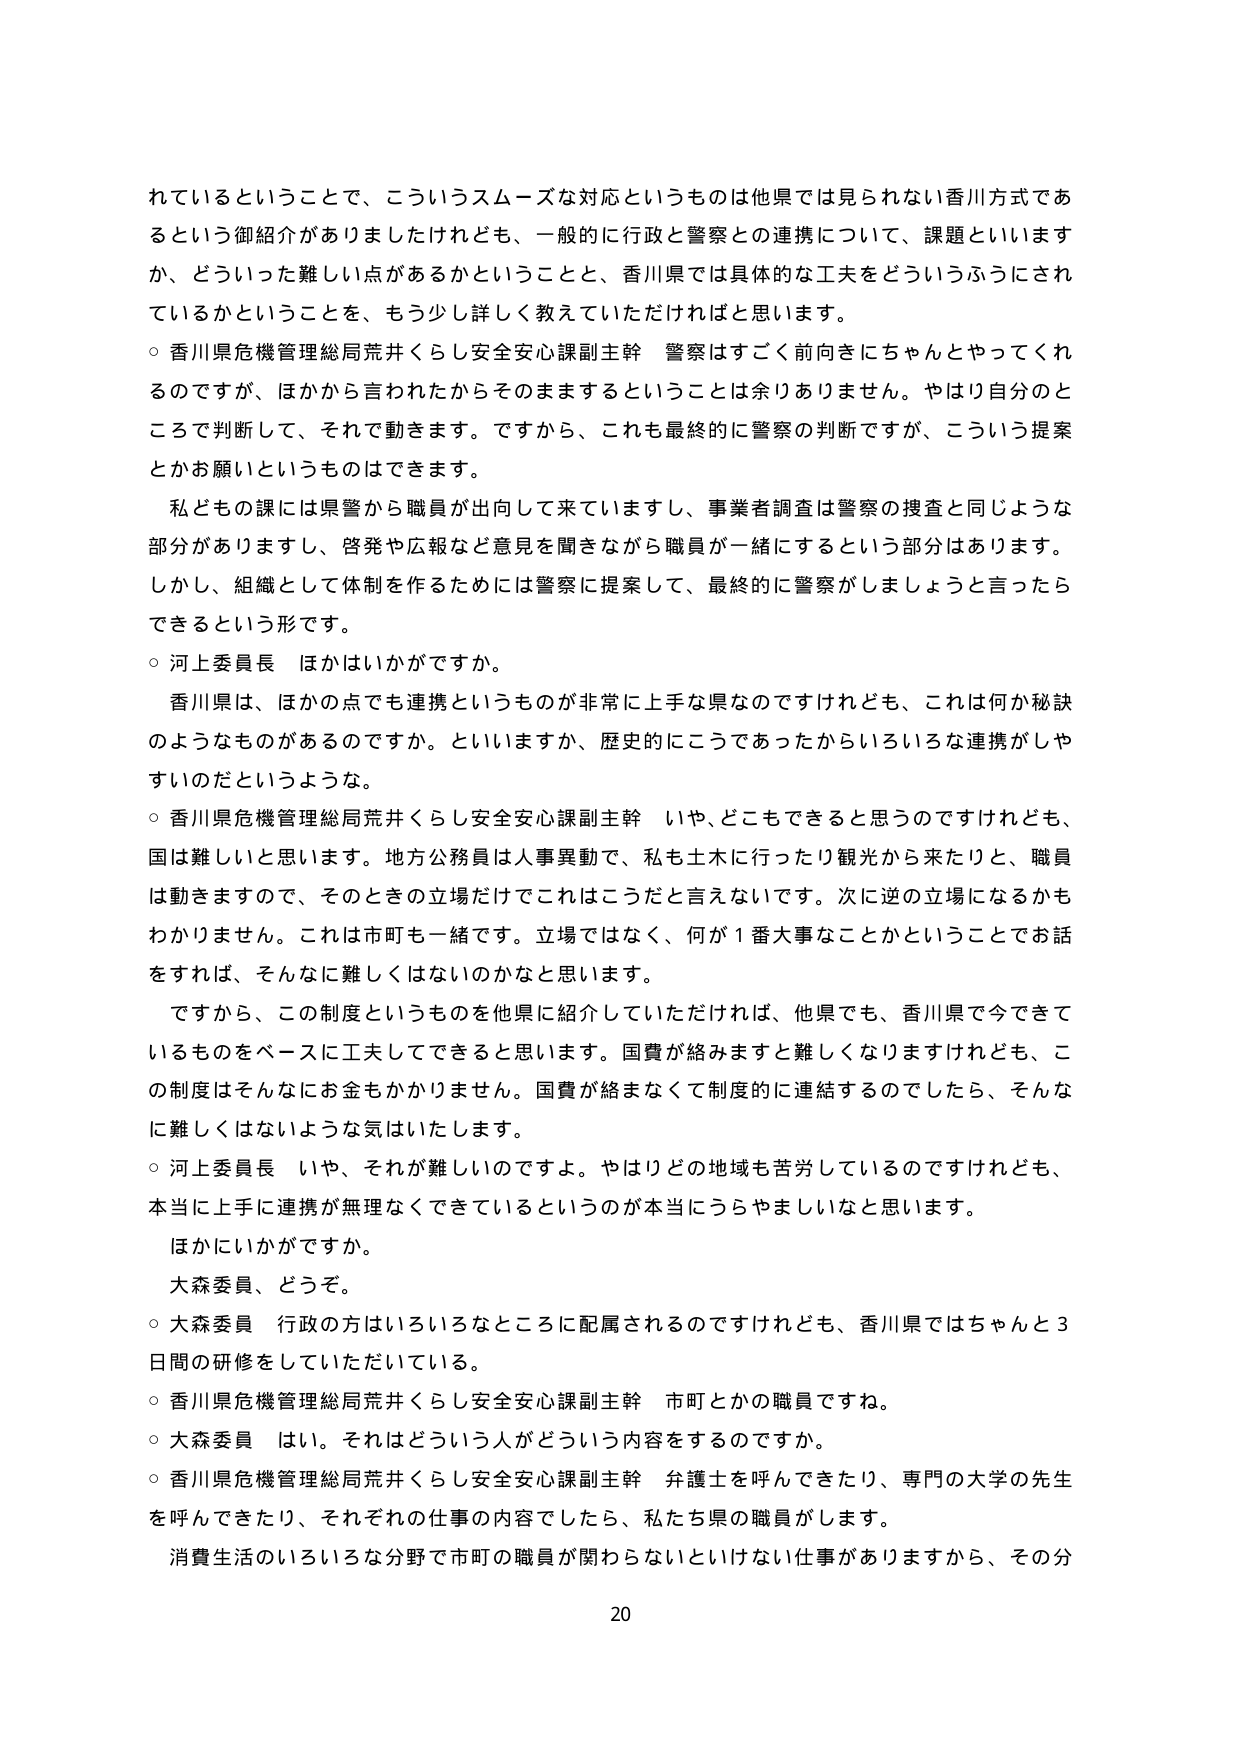
れているということで、こういうスムーズな対応というものは他県では見られない香川方式であるという御紹介がありましたけれども、一般的に行政と警察との連携について、課題といいますか、どういった難しい点があるかということと、香川県では具体的な工夫をどういうふうにされているかということを、もう少し詳しく教えていただければと思います。

○ 香川県危機管理総局荒井くらし安全安心課副主幹 警察はすごく前向きにちゃんとやってくれるのですが、ほかから言われたからそのままするということは余りありません。やはり自分のところで判断して、それで動きます。ですから、これも最終的に警察の判断ですが、こういう提案とかお願いというものはできます。

私どもの課には県警から職員が出向して来ていますし、事業者調査は警察の捜査と同じような部分がありますし、啓発や広報など意見を聞きながら職員が一緒にするという部分はあります。しかし、組織として体制を作るためには警察に提案して、最終的に警察がしましょうと言ったらできるという形です。

○ 河上委員長 ほかはいかがですか。

香川県は、ほかの点でも連携というものが非常に上手な県なのですがけれども、これは何か秘訣のようなものがあるのですか。といいますか、歴史的にこうであったからいろいろな連携がしやすいのだというような。

○ 香川県危機管理総局荒井くらし安全安心課副主幹 いや、どこもできると思うのですけれども、国は難しいと思います。地方公務員は人事異動で、私も土木に行ったり観光から来たりと、職員は動きますので、そのときの立場だけでこれはこうだと言えないです。次に逆の立場になるかもわかりません。これは市町も一緒です。立場ではなく、何が１番大事なことかということでお話をすれば、そんなに難しくはないのかなと思います。

ですから、この制度というものを他県に紹介していただければ、他県でも、香川県で今できているものをベースに工夫してできると思います。国費が絡みますと難しくなりますけれども、この制度はそんなにお金もかかりません。国費が絡まなくて制度的に連結するのでしたら、そんなに難しくはないような気はいたします。

○ 河上委員長 いや、それが難しいですよ。やはりどの地域も苦労しているのですけれども、本当に上手に連携が無理なくできているというのが本当にうらやましいなと思います。

ほかにいかがですか。

大森委員、どうぞ。

○ 大森委員 行政の方はいろいろなところに配属されるのですけれども、香川県ではちゃんと３日間の研修をしていただいている。

○ 香川県危機管理総局荒井くらし安全安心課副主幹 市町とかの職員ですね。

○ 大森委員 はい。それはどういう人がどういう内容をするのですか。

○ 香川県危機管理総局荒井くらし安全安心課副主幹 弁護士を呼んできたり、専門の大学の先生を呼んできたり、それぞれの仕事の内容でしたら、私たち県の職員がします。

消費生活のいろいろな分野で市町の職員が関わらないといけない仕事がありますから、その分

20